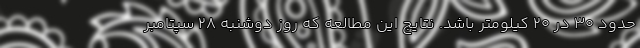
حدود ۳۰ در ۲۰ کیلومتر باشد. نتایج این مطالعه که روز دوشنبه ۲۸ سپتامبر